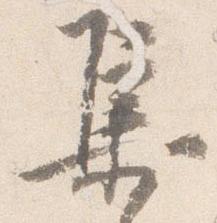
集